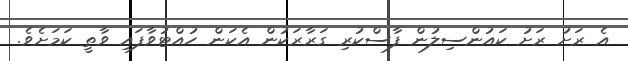
އެ ރަށު ރަށު ކައުންސިލުން ފާސްކުރި ގަރާރަކުން އެކަން ހުއްޓުވާފައި ވާތީ ކަމަށެވެ.